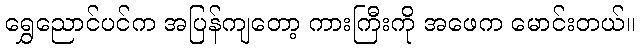
ရွှေညောင်ပင်က အပြန်ကျတော့ ကားကြီးကို အဖေက မောင်းတယ်။